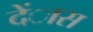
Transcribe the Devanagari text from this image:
देंास